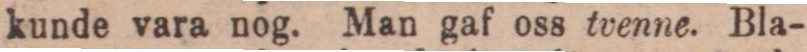
kunde vara nog. Man gaf oss tvenne. Bla-